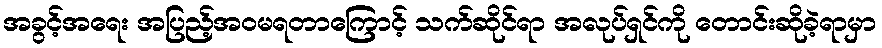
အခွင့်အရေး အပြည့်အဝမရတာကြောင့် သက်ဆိုင်ရာ အလုပ်ရှင်ကို တောင်းဆိုခဲ့ရာမှာ